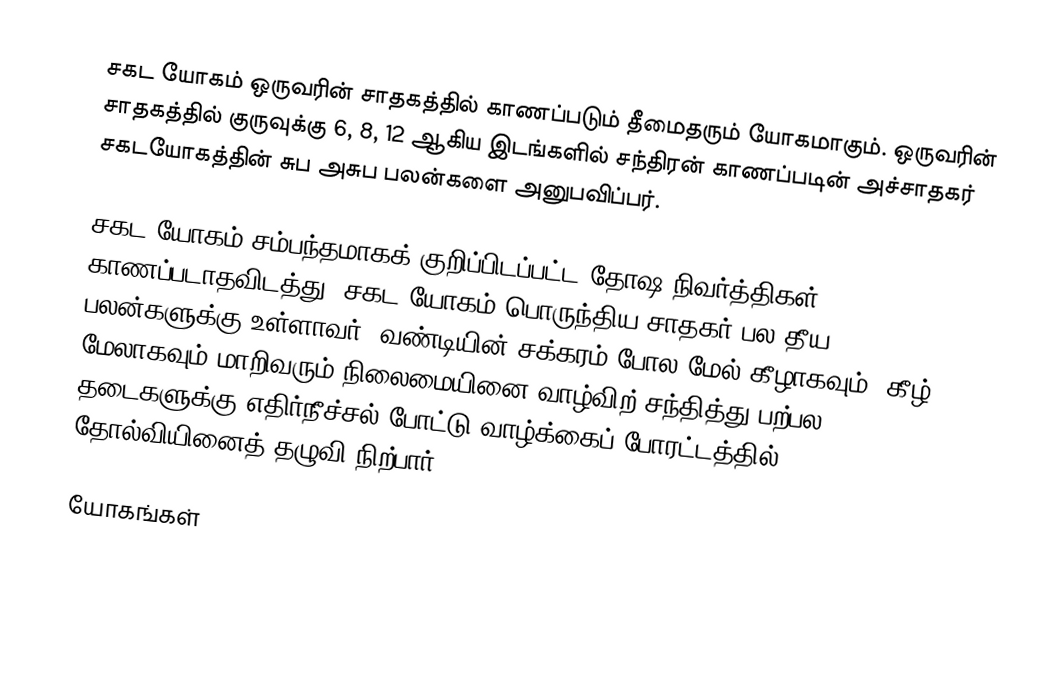
சகட யோகம் ஒருவரின் சாதகத்தில் காணப்படும் தீமைதரும் யோகமாகும். ஒருவரின் சாதகத்தில் குருவுக்கு 6, 8, 12 ஆகிய இடங்களில் சந்திரன் காணப்படின் அச்சாதகர் சகடயோகத்தின் சுப அசுப பலன்களை அனுபவிப்பர்.

சகட யோகம் சம்பந்தமாகக் குறிப்பிடப்பட்ட தோஷ நிவர்த்திகள் காணப்படாதவிடத்து, சகட யோகம் பொருந்திய சாதகர் பல தீய பலன்களுக்கு உள்ளாவர். வண்டியின் சக்கரம் போல மேல் கீழாகவும், கீழ் மேலாகவும் மாறிவரும் நிலைமையினை வாழ்விற் சந்தித்து பற்பல தடைகளுக்கு எதிர்நீச்சல் போட்டு வாழ்க்கைப் போரட்டத்தில் தோல்வியினைத் தழுவி நிற்பார்.

யோகங்கள்